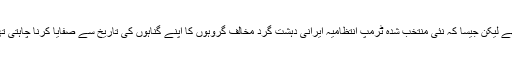
یہ دستاویزات ابتدائی طور پر 2007 میں شائع کئے گئے تھے لیکن جیسا کہ نئی منتخب شدہ ٹرمپ انتظامیہ ایرانی دہشت گرد مخالف گروہوں کا اپنے گناہوں کی تاریخ سے صفایا کرنا چاہتی تھی، انہوں نے یہ رپوٹیں امریکی محکمہ خارجہ سے ہٹا دی۔